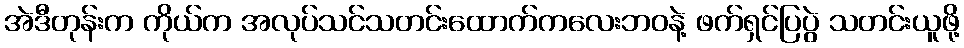
အဲဒီတုန်းက ကိုယ်က အလုပ်သင်သတင်းထောက်ကလေးဘဝနဲ့ ဖက်ရှင်ပြပွဲ သတင်းယူဖို့